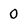
Character: 0